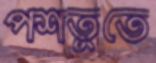
পশতুতে